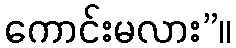
ကောင်းမလား”။